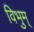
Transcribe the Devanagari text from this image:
विभुम्‌